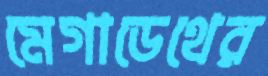
মেগাডেথের